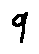
9